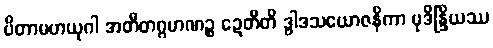
ပိတာမဟယုဂါ အတီတဂ္ဂဟဏဉ္စ ဍေတီတိ ဒွါဒသယောဇနိကာ မုဒိန္ဒြိယဿ